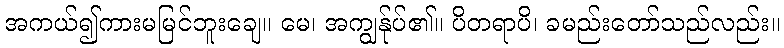
အကယ်၍ကားမမြင်ဘူးချေ။ မေ၊ အကျွန်ုပ်၏။ ပိတရာပိ၊ ခမည်းတော်သည်လည်း။